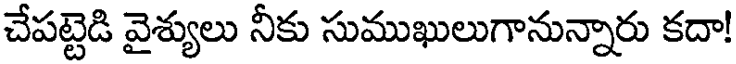
చేపట్టెడి వైశ్యులు నీకు సుముఖులుగానున్నారు కదా!